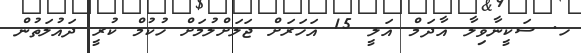
ހ. ސަކީނާވިލާ އާދަމް އަލީ 15 އަހަރަށް ޖަލަށްލުމަށް ހުކުމް ކުރީ ދައުލަތުން